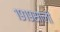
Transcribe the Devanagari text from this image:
१९१९साली